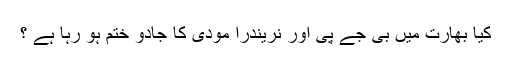
کیا بھارت میں بی جے پی اور نریندرا مودی کا جادو ختم ہو رہا ہے ؟